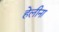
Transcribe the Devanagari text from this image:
हेलीना